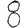
Digit: 8